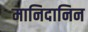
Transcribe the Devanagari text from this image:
मानिदानिन